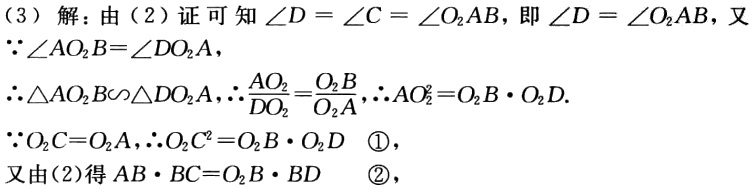
（3）解：由（2）证可知\(\angle D = \angle C=\angle O_{2}AB\)，即\(\angle D = \angle O_{2}AB\)，又

\(\because\angle AO_{2}B = \angle DO_{2}A\)，

\(\therefore\triangle AO_{2}B\sim\triangle DO_{2}A\)，\(\therefore\frac{AO_{2}}{DO_{2}}=\frac{O_{2}B}{O_{2}A}\)，\(\therefore AO_{2}^{2}=O_{2}B\cdot O_{2}D\).

\(\because O_{2}C = O_{2}A\)，\(\therefore O_{2}C^{2}=O_{2}B\cdot O_{2}D\) \textcircled{1}，

又由（2）得\(AB\cdot BC = O_{2}B\cdot BD\) \textcircled{2}，